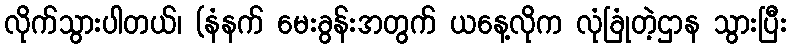
လိုက်သွားပါတယ်၊ (နံနက် မေးခွန်းအတွက် ယနေ့လိုက လုံခြုံတဲ့ဌာန သွားပြီး